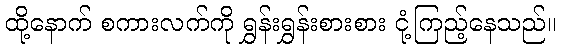
ထို့နောက် စကားလက်ကို ရွှန်းရွှန်းစားစား ငုံ့ကြည့်နေသည်။